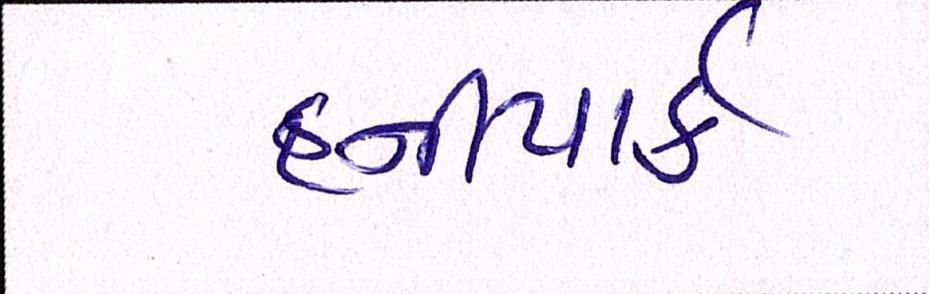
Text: હનીપાર્ક